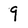
Character: 9